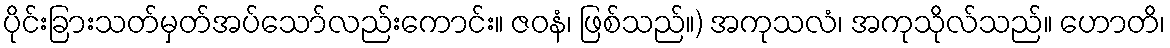
ပိုင်းခြားသတ်မှတ်အပ်သော်လည်းကောင်း။ ဇဝနံ၊ ဖြစ်သည်။) အကုသလံ၊ အကုသိုလ်သည်။ ဟောတိ၊